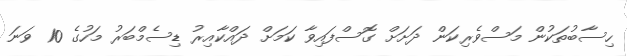
ހިސާބުތަކުން މަސްވެރިކަން ދަށަށް ގޮސްފައިވާ ކަމަށް ދައްކާއިރު ޑިސެމްބަރު މަހުގެ 10 ވަނަ